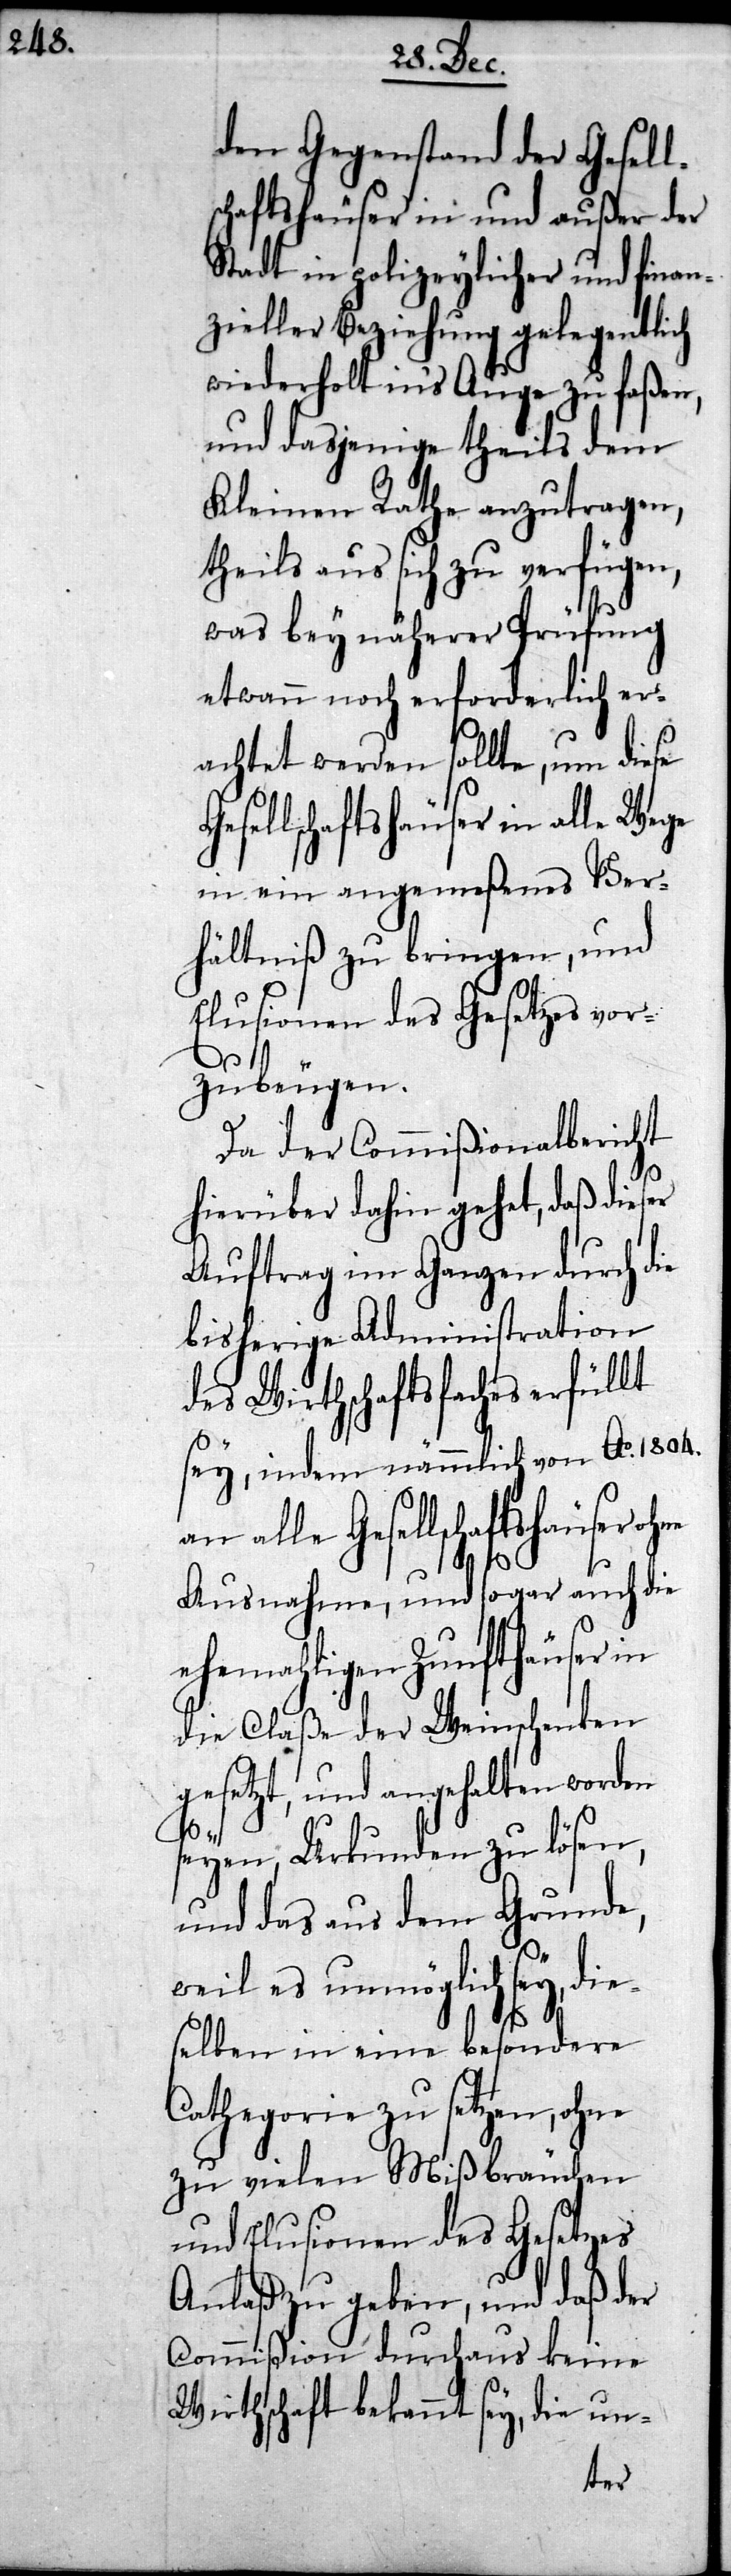
den Gegenstand der Gesell¬
schaftshäuser in und außer der
Stadt in polizeylicher und fi¬
zieller Beziehung gelegentl¬
wiederholt in’s Auge zu faßen,
und dasjenige theils dem
Kleinen Rathe anzutragen,
theils aus sich zu verfügen,
fung
was bey näherer Prü¬
etwann noch erforderlich er¬
achtet werden sollte, um diese
Gesellschaftshäuser ohne
in ein angemeßenes Ver¬
hältniß zu bringen, und
Elusionen des Gesetzes vor¬
zubeugen.
Da der Commißionalbericht
hierüber dahin gehet, daß dieser
sche¬
Auftrag im Ganzen
wor¬
bisherige Admini¬
alle
des Wirthschaftsfaches er¬
sey, indem nämmlich von Ao. 1804.
uch die
Ausnahme, und sogar
ehemahligen Zunft¬
die Claße der Wein¬
den
gesetzt, und angehalten
seyen, Urkunden zu
und das aus dem
weil es unmöglich sey, di¬
eselben in eine besondere
Cathegorie zu setzen, ohne
zu vielen Mißbräuchen
und Elusionen des Gesetzes
Anlaß zu geben, und daß der
Commißion durchaus keine
Wirthschaft bekannt sey, die un-